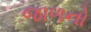
જાળનો